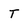
Character: T